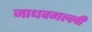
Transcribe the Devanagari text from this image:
जाधवगल्ली